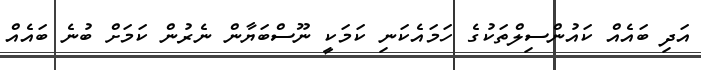
އަދި ބައެއް ކައުންސިލްތަކުގެ ހަމައެކަނި ކަމަކީ ނޫސްބަޔާން ނެރުން ކަމަށް ބުނެ ބައެއް